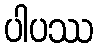
ပါပဿ